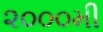
૨૦૦૦મી